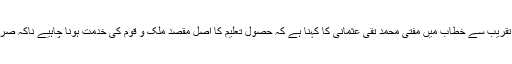
کراچی: بیت السلام اولمپیاڈ 2020 کے مقابلوں کی اختتامی تقریب سے خطاب میں مفتی محمد تقی عثمانی کا کہنا ہے کہ حصول تعلیم کا اصل مقصد ملک و قوم کی خدمت ہونا چاہیے ناکہ صرف معاش کی بہتری, جوکہ علم کے ساتھ ایک بڑا مذاق ہے۔